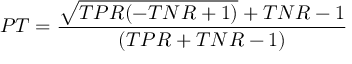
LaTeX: P T = { \frac { { \sqrt { T P R ( - T N R + 1 ) } } + T N R - 1 } { ( T P R + T N R - 1 ) } }